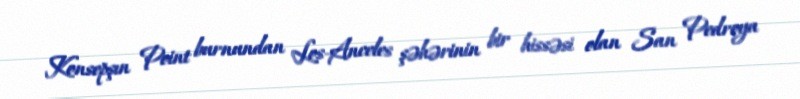
Konsepşın Point burnundan Los-Anceles şəhərinin bir hissəsi olan San Pedroya